Plague in India, 1896, 1897 - Volume 2
Year: 1896
Disease focus: Plague
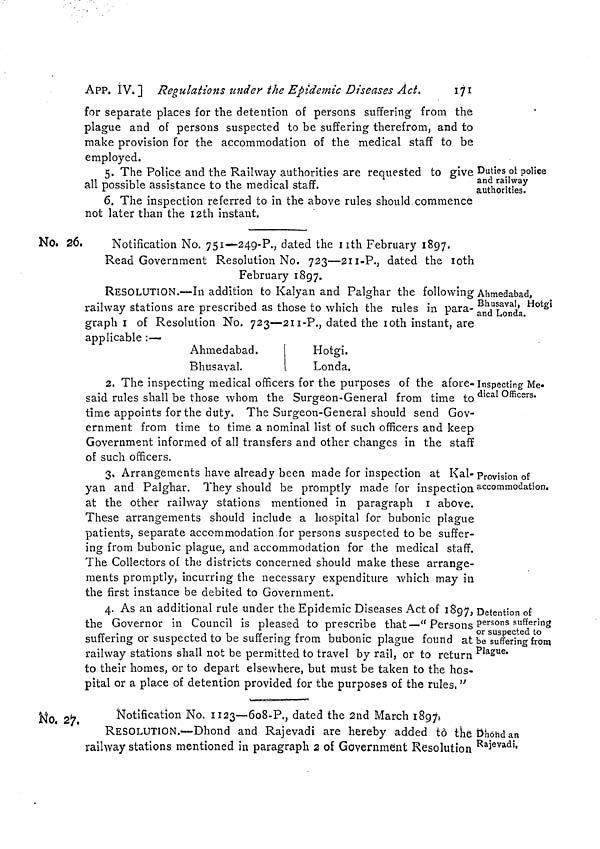
APP. IV.] Regulations under the Epidemic Diseases Act.
171
for separate places for the detention of persons suffering from the
plague and of persons suspected to be suffering therefrom, and to
make provision for the accommodation of the medical staff to be
employed.
Duties or police
and railway
authorities.
5. The Police and the Railway authorities are requested to give
all possible assistance to the medical staff.
6. The inspection referred to in the above rules should commence
not later than the 12th instant.
No. 26,
Notification No. 751—249-P., dated the 11th February 1897.
Read Government Resolution No. 723—211-P., dated the 10th
February 1897.
Ahmedabad,
Bhusaval, Hotgi
and Londa.
RESOLUTION.—In addition to Kalyan and Palghar the following
railway stations are prescribed as those to which the rules in para-
graph 1 of Resolution No. 723—211-P., dated the 10th instant, are
applicable :—
Ahmedabad.
Bhusaval.
Hotgi.
Londa.
Inspecting Me-
dical Officers.
2. The inspecting medical officers for the purposes of the afore-
said rules shall be those whom the Surgeon-General from time to
time appoints for the duty. The Surgeon-General should send Gov-
ernment from time to time a nominal list of such officers and keep
Government informed of all transfers and other changes in the staff
of such officers.
Provision of
accommodation.
3. Arrangements have already been made for inspection at Kal-
yan and Palghar. They should be promptly made for inspection
at the other railway stations mentioned in paragraph 1 above.
These arrangements should include a hospital for bubonic plague
patients, separate accommodation for persons suspected to be suffer-
ing from bubonic plague, and accommodation for the medical staff.
The Collectors of the districts concerned should make these arrange-
ments promptly, incurring the necessary expenditure which may in
the first instance be debited to Government.
Detention of
persons suffering
or suspected to
be suffering from
Plague.
4. As an additional rule under the Epidemic Diseases Act of 1897,
the Governor in Council is pleased to prescribe that—"Persons
suffering or suspected to be suffering from bubonic plague found at
railway stations shall not be permitted to travel by rail, or to return
to their homes, or to depart elsewhere, but must be taken to the hos-
pital or a place of detention provided for the purposes of the rules, "
No. 27.
Notification No. 1123—608-P., dated the 2nd March 1897.
Dhond an
Rajevadi,
RESOLUTION.—Dhond and Rajevadi are hereby added to the
railway stations mentioned in paragraph 2 of Government Resolution